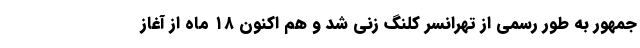
جمهور به طور رسمی از تهرانسر کلنگ زنی شد و هم اکنون ۱۸ ماه از آغاز